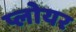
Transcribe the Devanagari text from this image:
प्लोयर